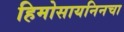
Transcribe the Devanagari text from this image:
हिमोसायनिनचा